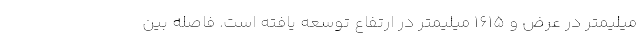
میلیمتر در عرض و 1615 میلیمتر در ارتفاع توسعه یافته است. فاصله بین